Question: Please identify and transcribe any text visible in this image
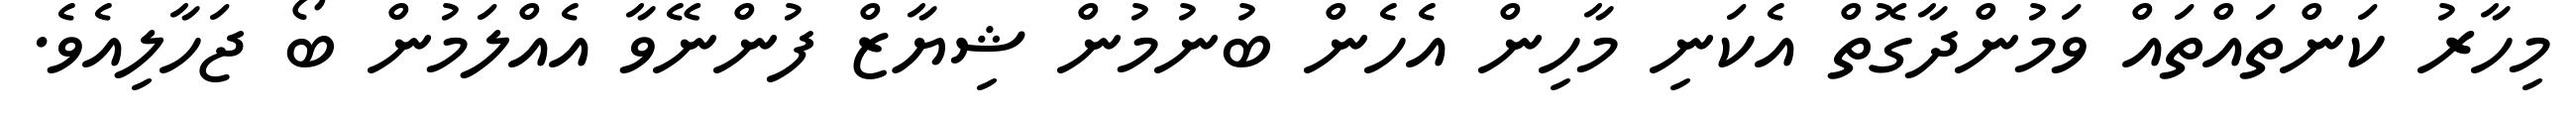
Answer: މިހާރު ކަންތައްތައް ވަމުންދާގޮތް އެކަނި މާހިން އެހެން ބުނުމުން ޝިޔާޒް ފުންނޭވާ އެއްލަމުން ބޯ ޖަހާލިއެވެ.